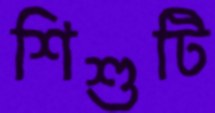
শিশুটি